Board of Education Examinations in Art and in Science and Technology, and Examinations of the City and Guilds of London Institute, 1921, 1921
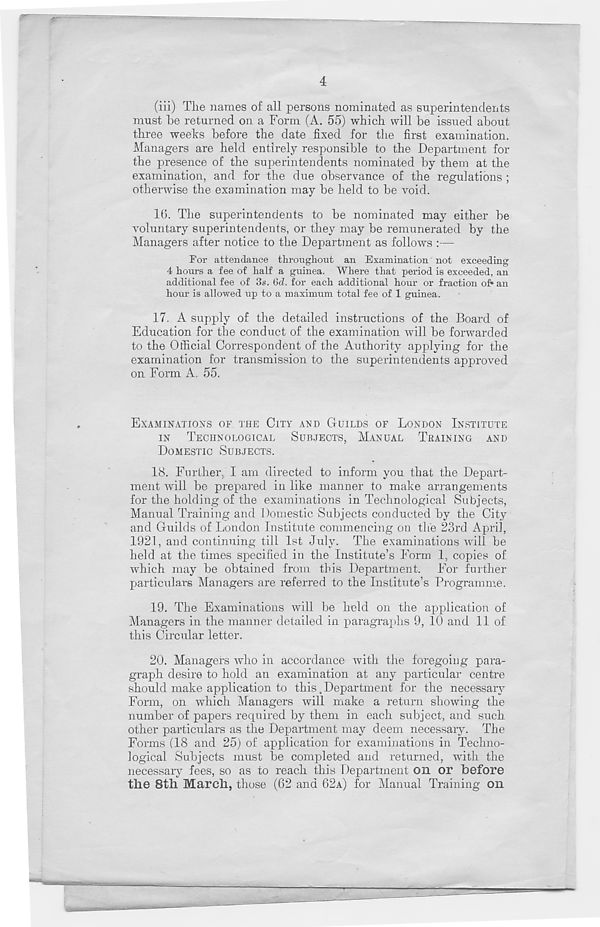
4
(iii) The names of all persons nominated as superintendents
must "be returned on a Form (A. 55) which will be issued about
three weeks before the date fixed for the first examination.
Managers are held entirely responsible to the Department for
the presence of the superintendents nominated by them at the
examination, and for the due observance of the regulations ;
otherwise the examination may be held to be void.
16. The superintendents to be nominated may either be
voluntary superintendents, or they may be remunerated by the
Managers after notice to the Department as follows :—
For attendance throughout an Examination not exceeding
4 hours a fee of half a guinea. Where that period is exceeded, an
additional fee of 3«. 6d. for each additional hour or fraction of* an
hour is allowed up to a maximum total fee of 1 guinea.
17. A supply of the detailed instructions of the Board of
Education for the conduct of the examination will be forwarded
to the Official Correspondent of the Authority applying for the
examination for transmission to the superintendents approved
on Form A. 55.
EXAMINATIONS OF THE CITY AND GUILDS OF LONDON INSTITUTE
IN
TECHNOLOGICAL
SUBJECTS, MANUAL
TRAINING AND
DOMESTIC SUBJECTS.
18. Further, I am directed to inform you that the Depart-
ment will be prepared in like manner to make arrangements
for the holding of the examinations in Technological Subjects,
Manual Training and Domestic Subjects conducted by the City
and Guilds of London Institute commencing on the 23rd April,
1921, and continuing till 1st July. The examinations will be
held at the times specified in the Institute’s Form 1, copies of
which may be obtained from this Department. For further
particulars Managers are referred to the Institute’s Programme.
19. The Examinations will be held on the application of
Managers in the manner detailed in paragraphs 9, 10 and 11 of
this Circular letter.
20. Managers who in accordance with the foregoing para-
graph desire to hold an examination at any particular centre
should make application to this .Department for the necessary
Form, on which Managers will make a return showing the
number of papers required by them in each subject, and such
other particulars as the Department may deem necessary. The
Forms (18 and 25) of application for examinations in Techno-
logical Subjects must be completed and returned, with the
necessary fees, so as to reach this Department on or before
the 8th March, those (62 and 62A) for Manual Training on